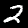
Digit: 2